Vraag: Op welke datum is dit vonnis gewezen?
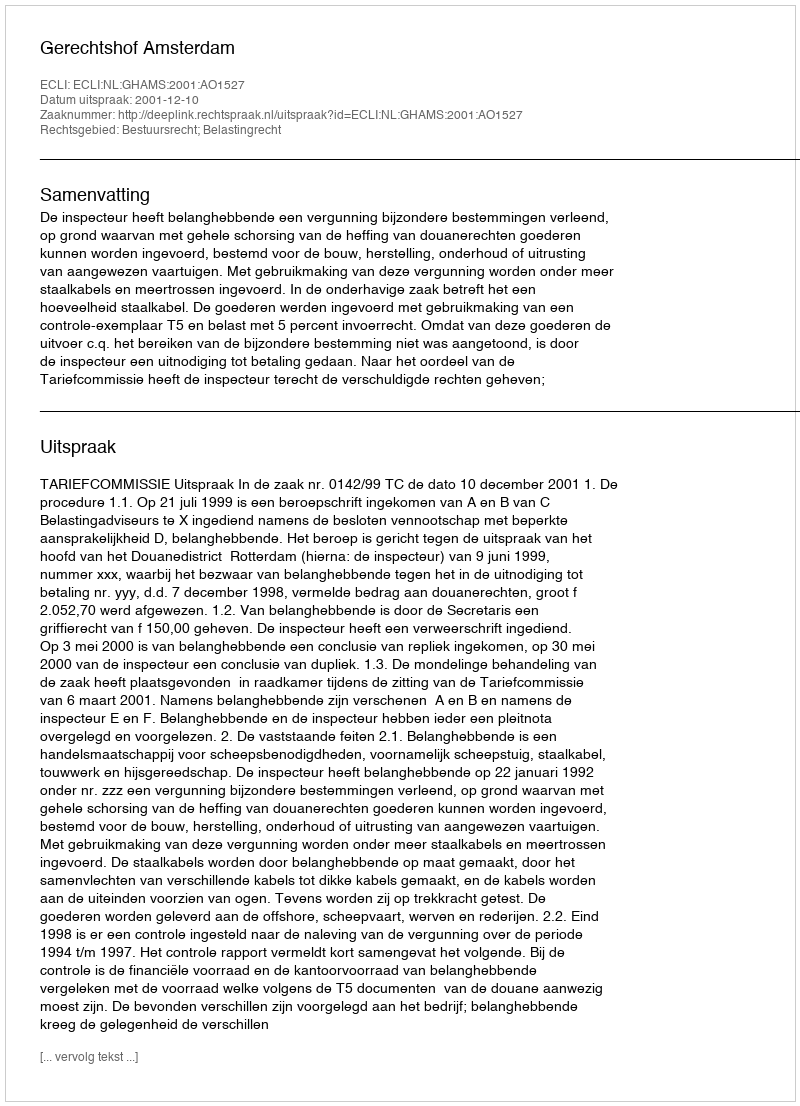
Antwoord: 2001-12-10